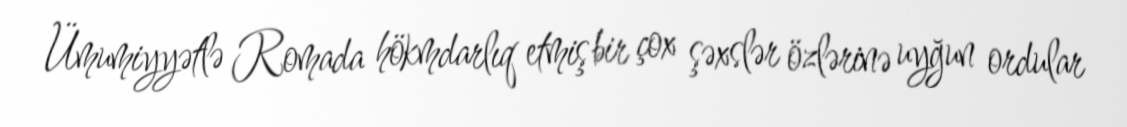
Ümumiyyətlə Romada hökmdarlıq etmiş bir çox şəxslər özlərinə uyğun ordular